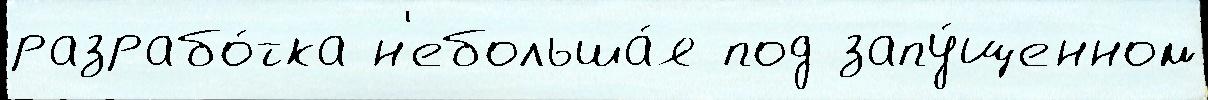
разрабо́тка н'ебольша́я под запу́щенном